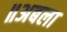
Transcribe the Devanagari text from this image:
॥अबला